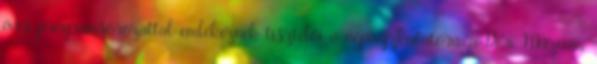
éves programsorozattal emlékeznek tisztelői a néprajzkutatóra, a Déri Múzeum